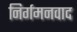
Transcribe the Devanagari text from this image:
निर्गमनवाद